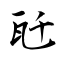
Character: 瓩